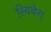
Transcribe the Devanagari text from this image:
स्विचेस्